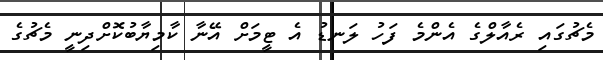
މެޗުގައި ރެއާލްގެ އެންމެ ފަހު ލަނޑު އެ ޓީމަށް އޭނާ ކާމިޔާބުކޮށްދިނީ މެޗުގެ